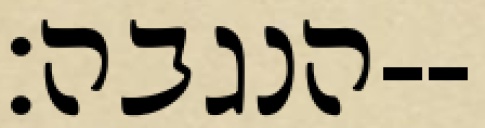
הנגבה׃--